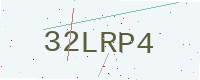
Text: 32LRP4